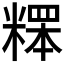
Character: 𥻸